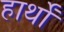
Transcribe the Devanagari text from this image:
हार्थों